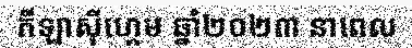
កីឡាស៊ីហ្គេម ឆ្នាំ២០២៣ នាពេល